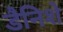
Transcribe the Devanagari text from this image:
डैनिशे